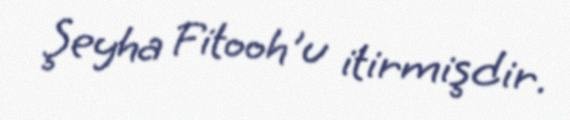
Şeyha Fitooh'u itirmişdir.